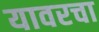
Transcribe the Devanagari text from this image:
यावरचा